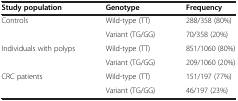
| Study population | Genotype | Frequency |
 | --- | --- | --- |
 | <ROWSPAN=2> Controls | Wild-type (TT) | 288/358 (80%) |
 | Variant (TG/GG) | 70/358 (20%) |
 | <ROWSPAN=2> Individuals with polyps | Wild-type (TT) | 851/1060 (80%) |
 | Variant (TG/GG) | 209/1060 (20%) |
 | CRC patients | Wild-type (TT) | 151/197 (77%) |
 |  | Variant (TG/GG) | 46/197 (23%) |